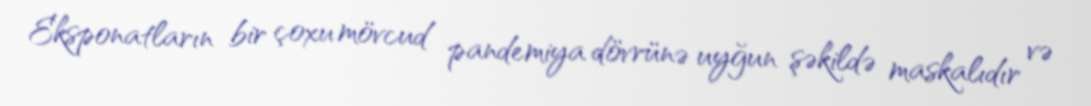
Eksponatların bir çoxu mövcud pandemiya dövrünə uyğun şəkildə maskalıdır və